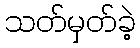
သတ်မှတ်ခဲ့